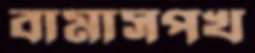
বামাসপখ